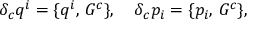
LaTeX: \delta _ { c } q ^ { i } = \{ q ^ { i } , \, G ^ { c } \} , \quad \delta _ { c } p _ { i } = \{ p _ { i } , \, G ^ { c } \} ,